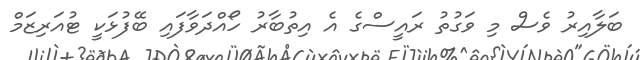
ބަލާއިރު ވެސް މި ވަގުތު ރައީސްގެ އެ އިތުބާރު ހޯއްދަވާފައި ބޭފުޅަކީ ޓުއަރިޒަމް